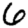
Digit: 6